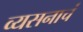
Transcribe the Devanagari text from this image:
व्यसनाचं